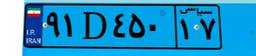
۹۱D۴۵۰۱۷